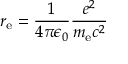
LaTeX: r _ { \mathrm { e } } = { \frac { 1 } { 4 \pi \epsilon _ { 0 } } } { \frac { e ^ { 2 } } { m _ { \mathrm { e } } c ^ { 2 } } }